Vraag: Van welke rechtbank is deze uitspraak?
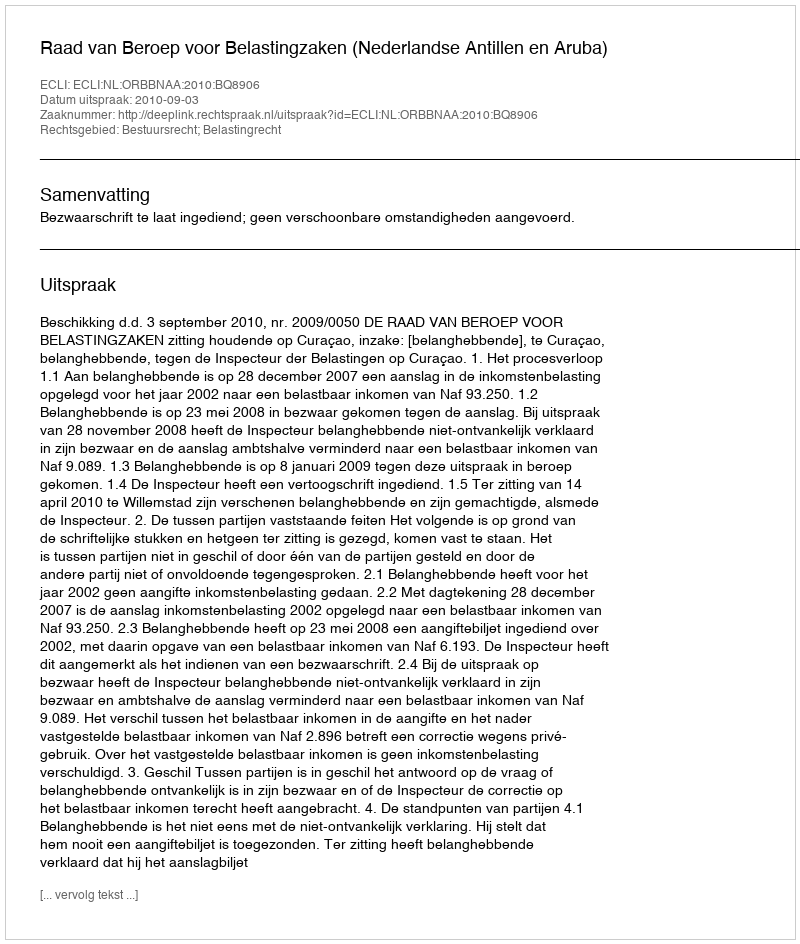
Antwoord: Raad van Beroep voor Belastingzaken (Nederlandse Antillen en Aruba)